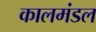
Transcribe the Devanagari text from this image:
कालमंडल